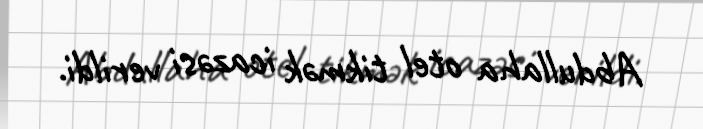
Abdullaha otel tikmək icazəsi verildi.